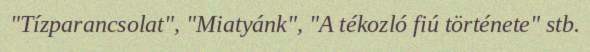
"Tízparancsolat", "Miatyánk", "A tékozló fiú története" stb.